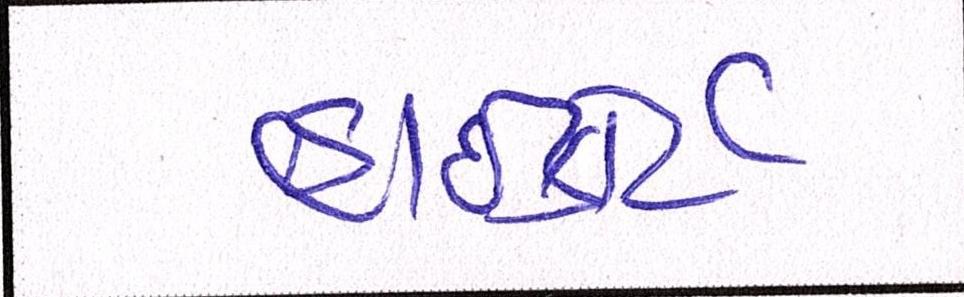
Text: હાઈકોર્ટે